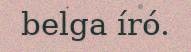
belga író.